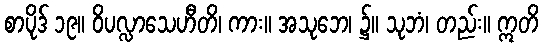
စာပိုဒ် ၁၉။ ဝိပလ္လာသေဟီတိ၊ ကား။ အသုဘေ၊ ၌။ သုဘံ၊ တည်း။ ဣတိ